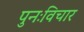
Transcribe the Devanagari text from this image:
पुनःविचार